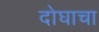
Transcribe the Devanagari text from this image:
दोघाचा